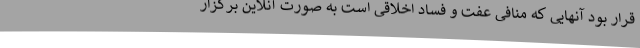
قرار بود آنهایی که منافی عفت و فساد اخلاقی است به صورت آنلاین برگزار